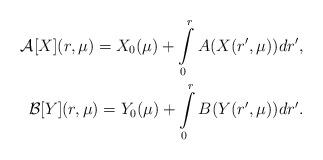
LaTeX: \begin{align*}\mathcal{A}[X](r,\mu)=X_0(\mu)+\int\limits_0^r A(X(r',\mu))dr',\\\mathcal{B}[Y](r,\mu)=Y_0(\mu)+\int\limits_0^r B(Y(r',\mu))dr'.\end{align*}